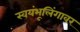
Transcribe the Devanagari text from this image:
स्वयंभूलिंगावर